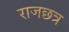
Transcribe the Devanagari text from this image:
राजछत्र